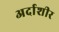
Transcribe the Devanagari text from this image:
अर्दाशीर